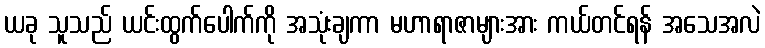
ယခု သူသည် ယင်းထွက်ပေါက်ကို အသုံးချကာ မဟာရာဇာများအား ကယ်တင်ရန် အသေအလဲ